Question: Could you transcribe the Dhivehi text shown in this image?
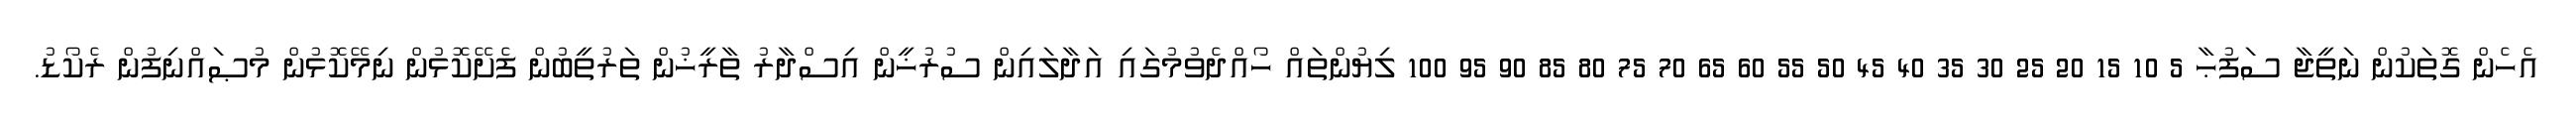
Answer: އެހެން ގޮތަކުން ނަތީޖާ ސަފުޙާ 5 10 15 20 25 30 35 40 45 50 55 60 65 70 75 80 85 90 95 100 ލިޔުންތައް ހޯއްދެވުމުގައި އަދާލައިން ސުރުޚީން އިސްދާރު ތާރީޚުން ތަރުތީބުން ފެށޭކޮޅުން ނިމޭކޮޅުން މުޞައްނިފުން ރެކޯޑު.